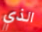
الذي